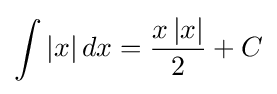
\int \left|x\right|dx={\frac {x\left|x\right|}{2}}+C